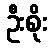
ဦးစိုး